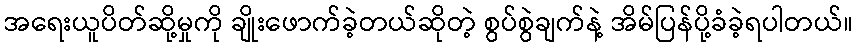
အရေးယူပိတ်ဆို့မှုကို ချိုးဖောက်ခဲ့တယ်ဆိုတဲ့ စွပ်စွဲချက်နဲ့ အိမ်ပြန်ပို့ခံခဲ့ရပါတယ်။